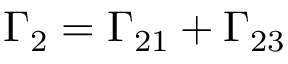
\Gamma _ { 2 } = \Gamma _ { 2 1 } + \Gamma _ { 2 3 }